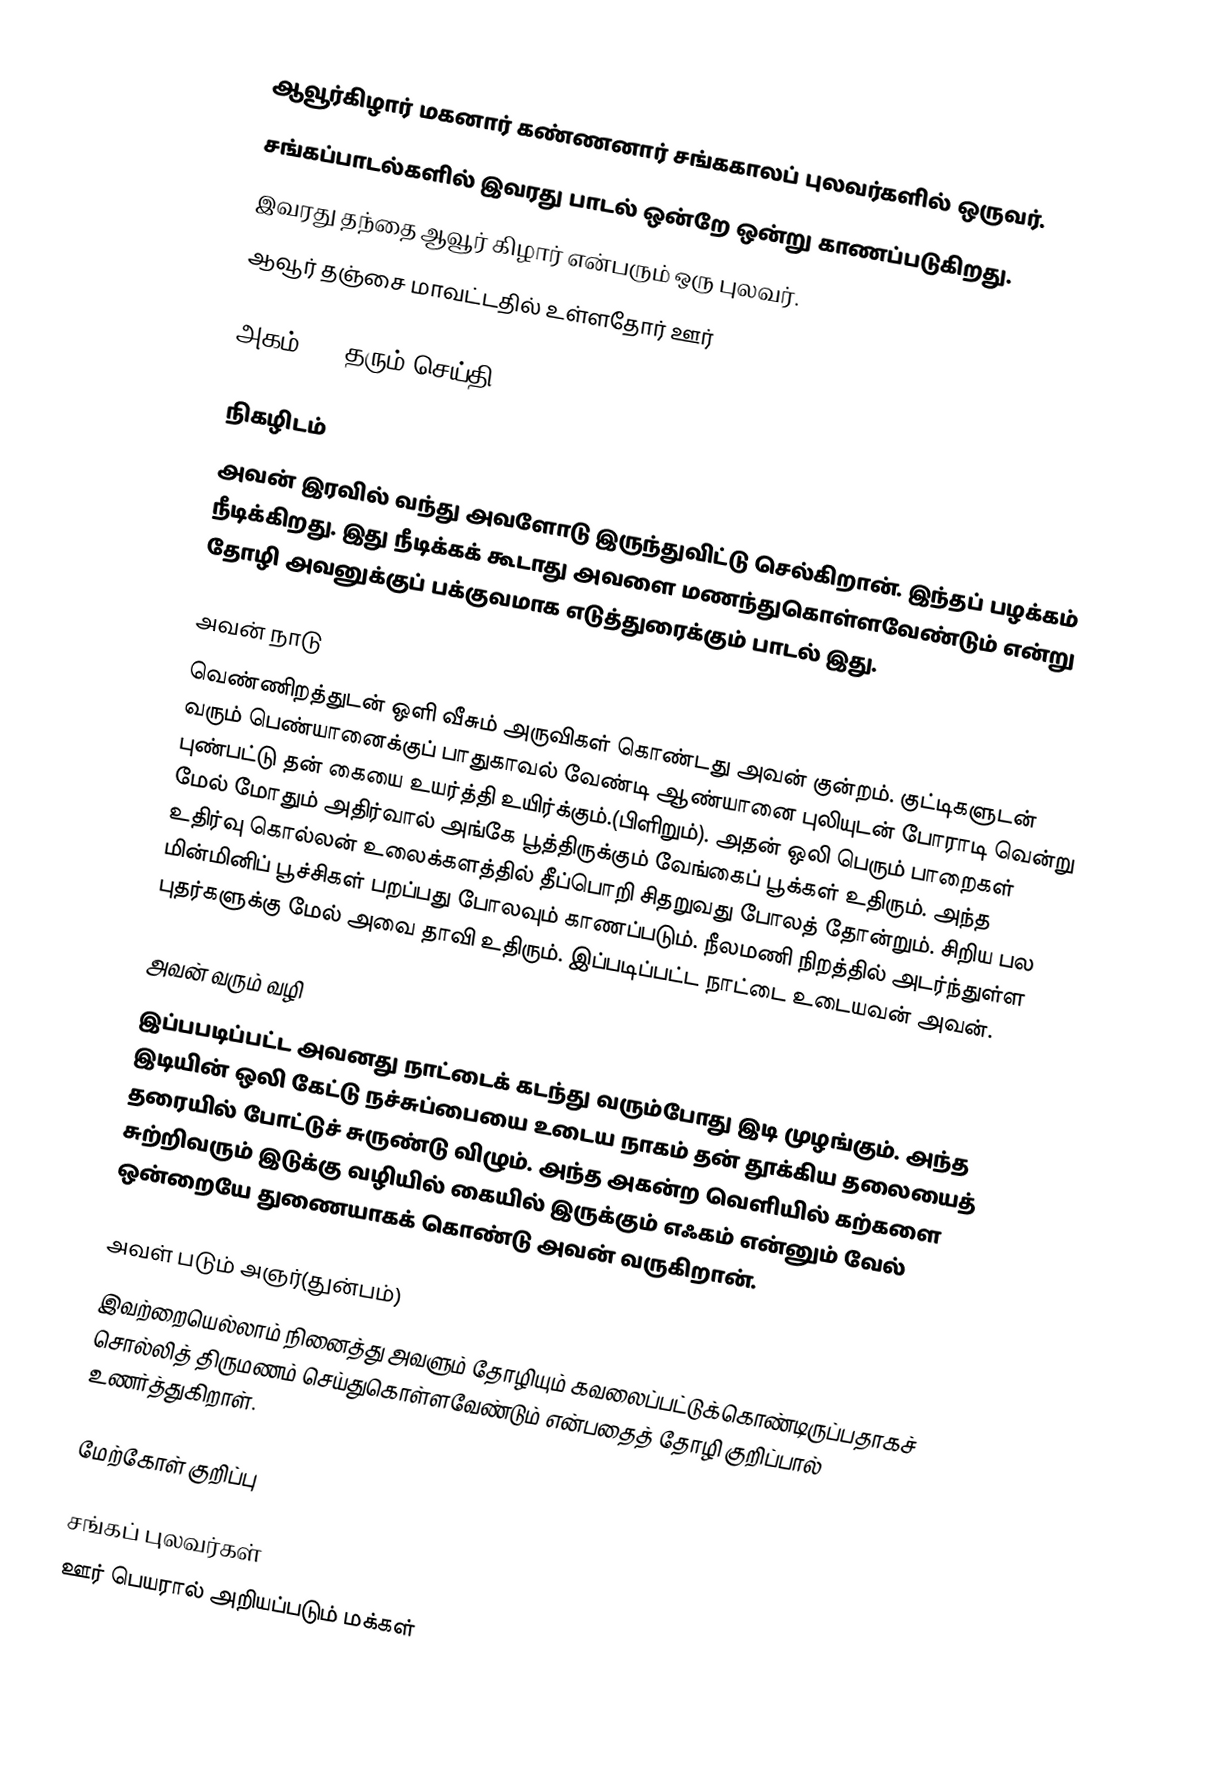
ஆவூர்கிழார் மகனார் கண்ணனார் சங்ககாலப் புலவர்களில் ஒருவர்.
சங்கப்பாடல்களில் இவரது பாடல் ஒன்றே ஒன்று காணப்படுகிறது.
இவரது தந்தை ஆவூர் கிழார் என்பரும் ஒரு புலவர்.
ஆவூர் தஞ்சை மாவட்டதில் உள்ளதோர் ஊர்

அகம் 202 தரும் செய்தி

நிகழிடம்
அவன் இரவில் வந்து அவளோடு இருந்துவிட்டு செல்கிறான். இந்தப் பழக்கம் நீடிக்கிறது. இது நீடிக்கக் கூடாது அவளை மணந்துகொள்ளவேண்டும் என்று தோழி அவனுக்குப் பக்குவமாக எடுத்துரைக்கும் பாடல் இது.

அவன் நாடு
வெண்ணிறத்துடன் ஒளி வீசும் அருவிகள் கொண்டது அவன் குன்றம். குட்டிகளுடன் வரும் பெண்யானைக்குப் பாதுகாவல் வேண்டி ஆண்யானை புலியுடன் போராடி வென்று புண்பட்டு தன் கையை உயர்த்தி உயிர்க்கும்.(பிளிறும்). அதன் ஒலி பெரும் பாறைகள் மேல் மோதும் அதிர்வால் அங்கே பூத்திருக்கும் வேங்கைப் பூக்கள் உதிரும். அந்த உதிர்வு கொல்லன் உலைக்களத்தில் தீப்பொறி சிதறுவது போலத் தோன்றும். சிறிய பல மின்மினிப் பூச்சிகள் பறப்பது போலவும் காணப்படும். நீலமணி நிறத்தில் அடர்ந்துள்ள புதர்களுக்கு மேல் அவை தாவி உதிரும். இப்படிப்பட்ட நாட்டை உடையவன் அவன்.

அவன் வரும் வழி
இப்பபடிப்பட்ட அவனது நாட்டைக் கடந்து வரும்போது இடி முழங்கும். அந்த இடியின் ஒலி கேட்டு நச்சுப்பையை உடைய நாகம் தன் தூக்கிய தலையைத் தரையில் போட்டுச் சுருண்டு விழும். அந்த அகன்ற வெளியில் கற்களை சுற்றிவரும் இடுக்கு வழியில் கையில் இருக்கும் எஃகம் என்னும் வேல் ஒன்றையே துணையாகக் கொண்டு அவன் வருகிறான்.

அவள் படும் அஞர்(துன்பம்)
இவற்றையெல்லாம் நினைத்து அவளும் தோழியும் கவலைப்பட்டுக்கொண்டிருப்பதாகச் சொல்லித் திருமணம் செய்துகொள்ளவேண்டும் என்பதைத் தோழி குறிப்பால் உணர்த்துகிறாள்.

மேற்கோள் குறிப்பு

சங்கப் புலவர்கள்
ஊர் பெயரால் அறியப்படும் மக்கள்